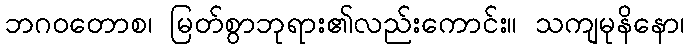
ဘဂဝတောစ၊ မြတ်စွာဘုရား၏လည်းကောင်း။ သကျမုနိနော၊